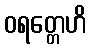
ဝရတ္တေဟိ